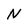
Character: N